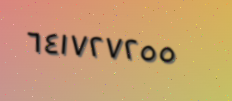
٦٤١٧٢٧٢٥٥